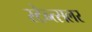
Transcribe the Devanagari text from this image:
स्टेन्त्सलर